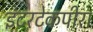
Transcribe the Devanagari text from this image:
इंटरटेकपीरा